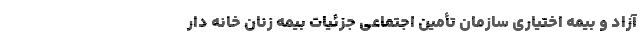
آزاد و بیمه اختیاری سازمان تأمین اجتماعی جزئیات بیمه زنان خانه دار